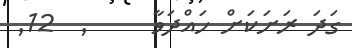
ގަދަ ރަށަކަށް ހައްދަވާ